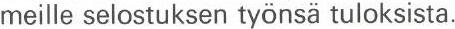
meille selostuksen työnsä tuloksista.